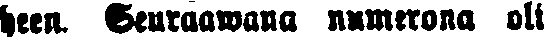
heen. Seuraawana numerona oli